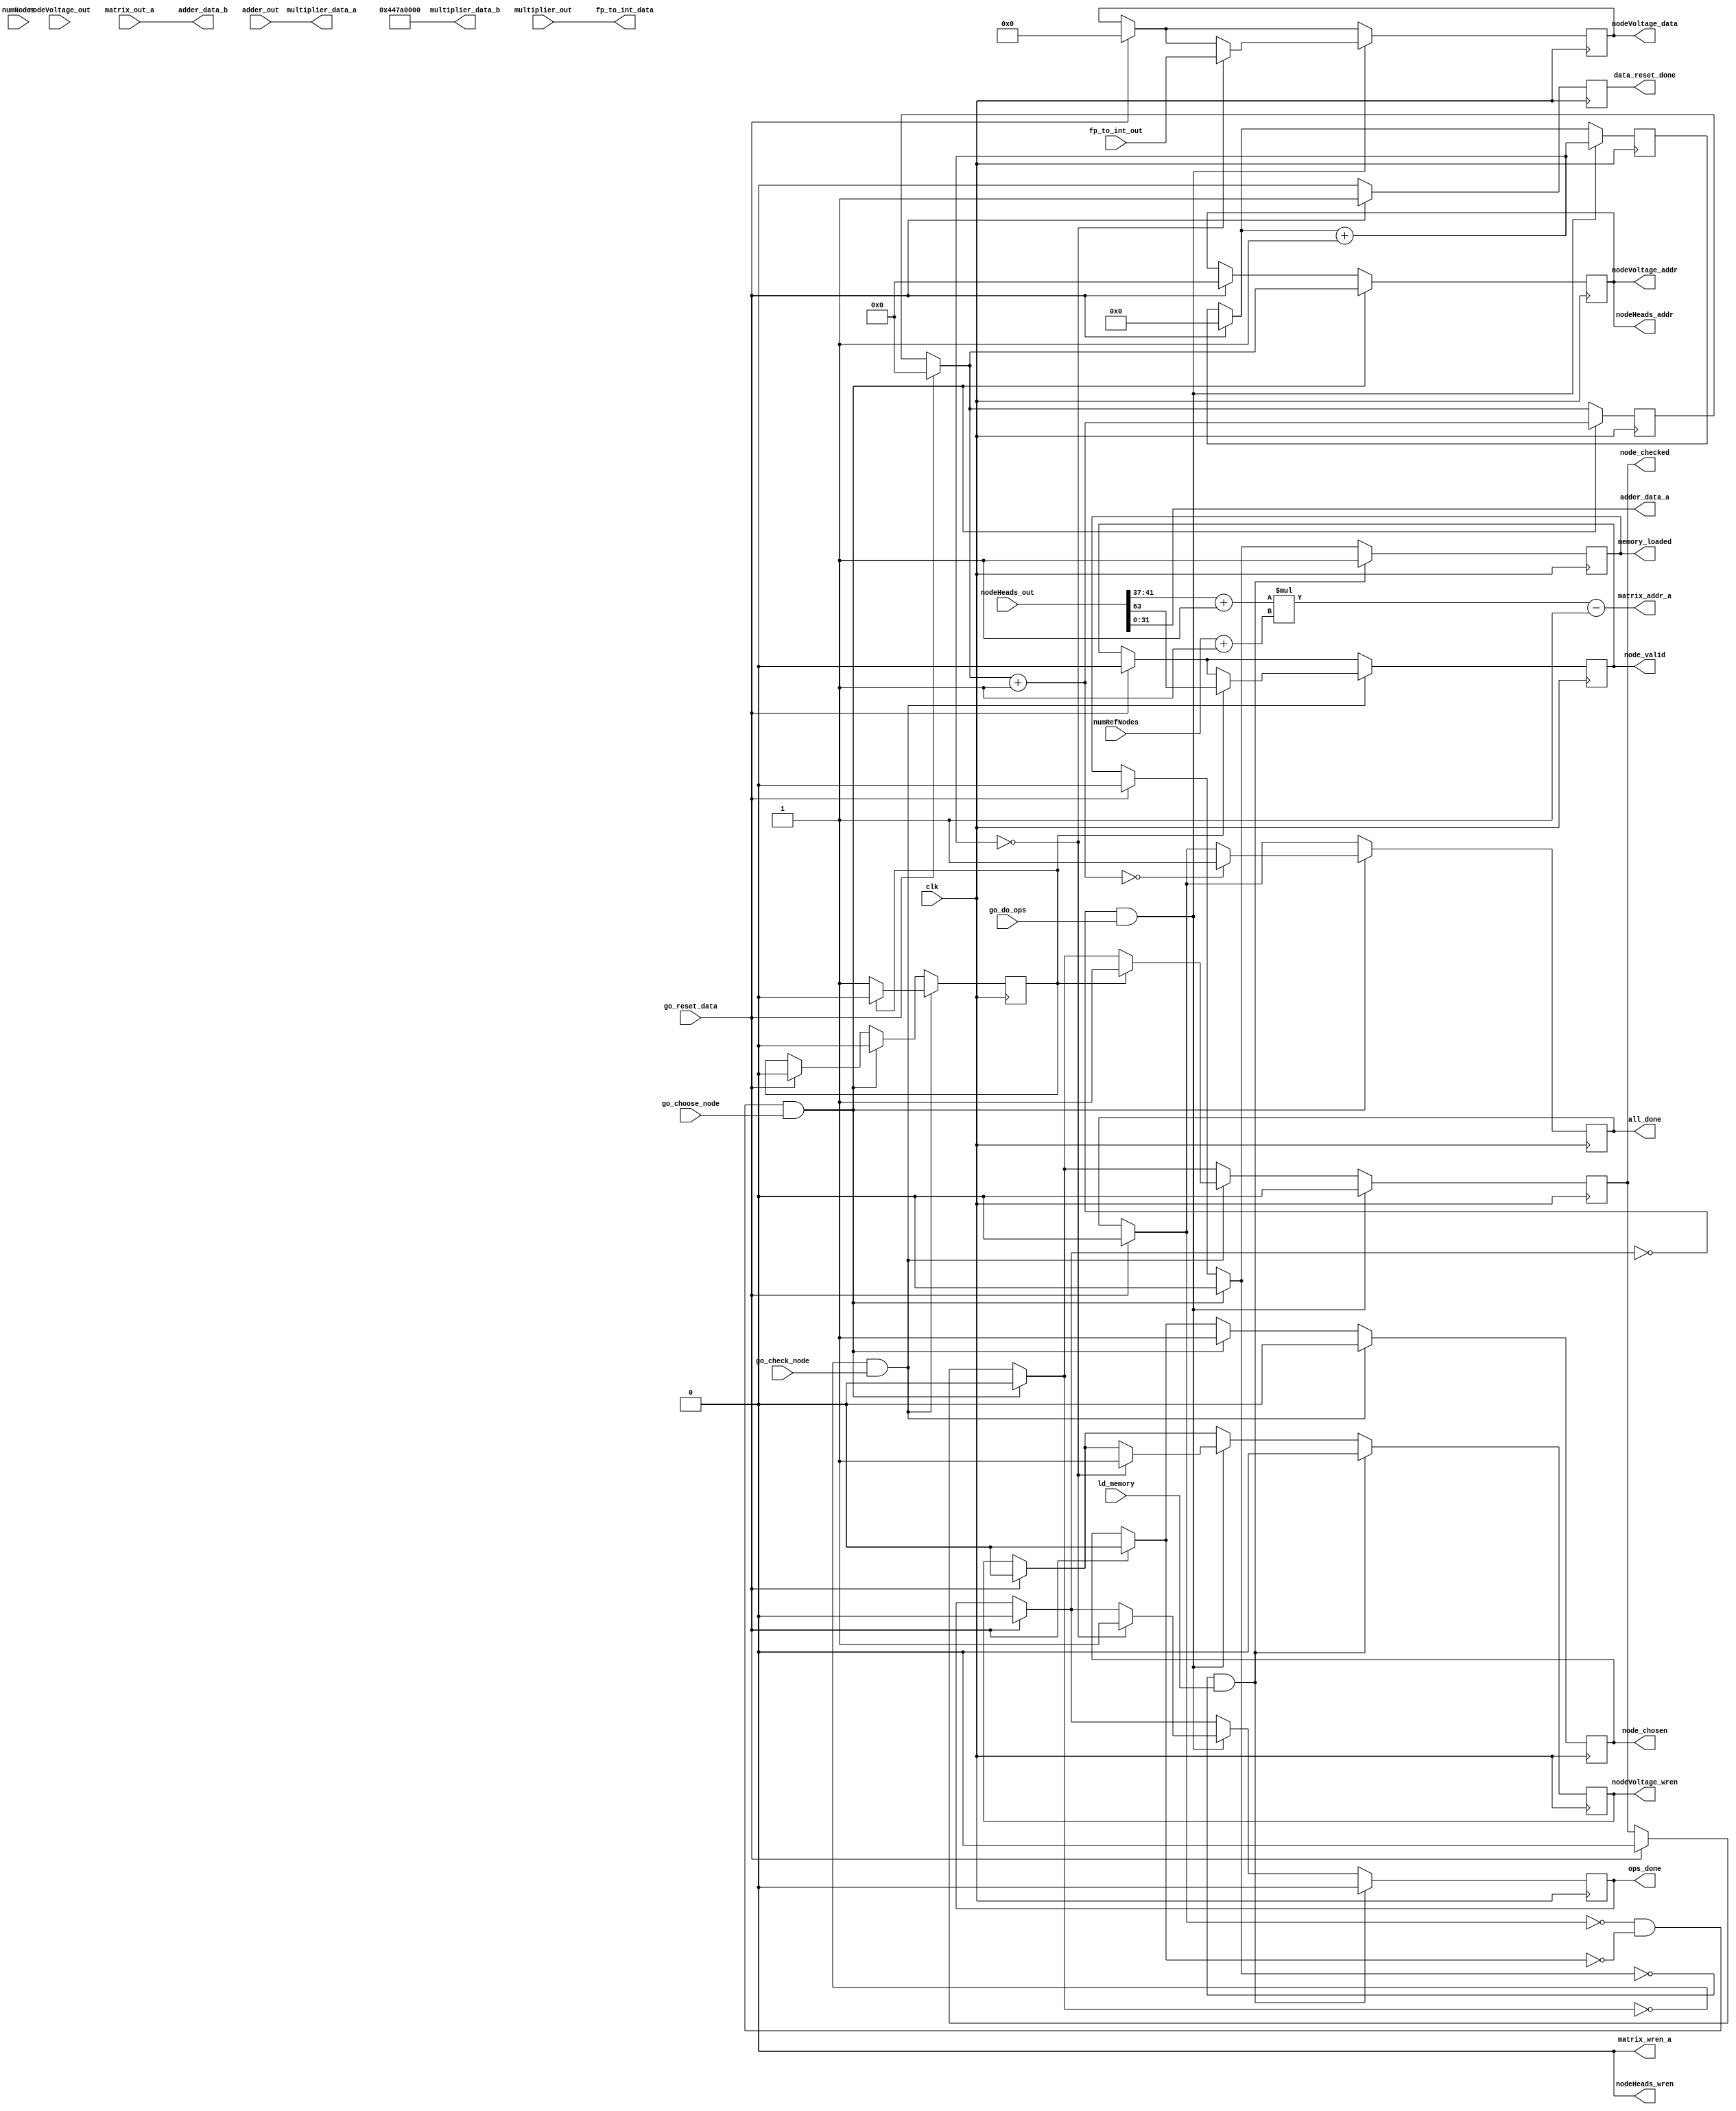
`timescale 1ns/1ns

module calculateVoltage_datapath(
		// FPGA inputs
		input clk,
		
		// Input handshakes
		input go_reset_data, go_choose_node, go_check_node, go_do_ops, ld_memory,
		
		// Output hanshakes
		output reg data_reset_done, node_chosen, all_done, node_checked, node_valid, ops_done, memory_loaded,
	
		// nodeHeads RAM
		output reg [4:0] nodeHeads_addr,
		output nodeHeads_wren,
		input [63:0] nodeHeads_out,
		
		// float_matrix RAM
		output [11:0] matrix_addr_a, 
		output matrix_wren_a,
		input [31:0] matrix_out_a,
		
		// nodeVoltage RAM
		output [4:0] nodeVoltage_addr,
		output reg [31:0] nodeVoltage_data,
		output reg nodeVoltage_wren,
		input [31:0] nodeVoltage_out,
		
		// adder
		output [31:0] adder_data_a,
		output [31:0] adder_data_b,
		input [31:0] adder_out,
		
		// multiplier
		output [31:0] multiplier_data_a,
		output [31:0] multiplier_data_b,
		input [31:0] multiplier_out,
		
		// fp_to_int
		output [31:0] fp_to_int_data,
		input [31:0] fp_to_int_out,
		
		// Misc
		input [4:0] numNodes,
		input [4:0] numRefNodes
		
	);
	
	reg [4:0] nodeLoopIndex;
	wire [4:0] numColumns;
	assign numColumns = numRefNodes + 1;
	
	assign adder_data_a = nodeHeads_out[31:0];
	assign adder_data_b = matrix_out_a;
	assign multiplier_data_a = adder_out;
	//assign multiplier_data_b = 32'b01010011011010001101010010100101; // 1e12
	
	
	localparam EXPAND = 32'b01000100011110100000000000000000, // 1e3
	           REDUCE = 32'b00111010100000110001001001101111, // 1e-3
				  IDENTITY = 32'b00111111100000000000000000000000; //1e0
	
	assign multiplier_data_b = EXPAND;
	
	assign fp_to_int_data = multiplier_out;
	
	reg ram_delay;
	reg [5:0] op_cd;
	
	assign nodeHeads_wren = 0;
	assign nodeVoltage_addr = nodeHeads_addr;
	assign matrix_addr_a = (nodeHeads_out[41:37] + 1) * numColumns - 1;
	assign matrix_wren_a = 0;
	
	//wire six, five, four, three;
	
	always @(posedge clk) begin
		if (go_reset_data) begin
			node_chosen = 0;
			all_done = 0;
			node_checked = 0;
			node_valid = 0;
			ops_done = 0;
			memory_loaded = 0;
			
			nodeHeads_addr = 0;
			nodeLoopIndex = 0;
			
			nodeVoltage_data = 0;
			nodeVoltage_wren = 0;
			
			op_cd = 0;
			ram_delay <= 0;
			data_reset_done = 1;
		end
		else begin
			data_reset_done = 0;
		end
		
		if (~all_done & ~node_chosen & go_choose_node) begin
			memory_loaded = 0;
			node_checked = 0;
			
			nodeHeads_addr = nodeLoopIndex;
			nodeLoopIndex = nodeLoopIndex + 1;
			if (!nodeLoopIndex) begin
				all_done = 1;
			end
			
			ram_delay <= 0;
			node_chosen = 1;
			
		end
		
		if (~node_checked & go_check_node) begin
			node_chosen = 0;
			ram_delay <= 1;
			
			if (ram_delay) begin
				node_valid = nodeHeads_out[63];
				ram_delay <= 0;
				node_checked = 1;
			end
			
		end
		
		if (~ops_done & go_do_ops) begin
			node_checked = 0;
			
			op_cd = op_cd + 1;
			if (!op_cd) begin
				nodeVoltage_data = fp_to_int_out;
				nodeVoltage_wren = 1;
				ops_done = 1;
			end
			
		end
		
		if (~memory_loaded & ld_memory) begin
			ops_done = 0;
			nodeVoltage_wren = 0;
			memory_loaded = 1;
		end
	
	end
	
	
	
	
endmodule